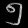
Digit: ၅